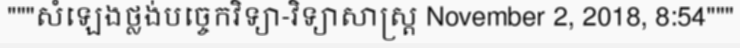
"""សំឡេងថ្លង់បច្ចេកវិទ្យា-វិទ្យាសាស្ត្រ November 2, 2018, 8:54"""